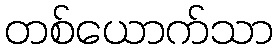
တစ်ယောက်သာ